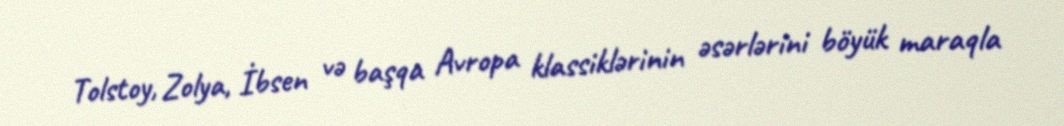
Tolstoy, Zolya, İbsen və başqa Avropa klassiklərinin əsərlərini böyük maraqla